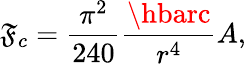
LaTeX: \mathfrak{F}_{c}=\frac{{\pi^{2}}}{{240}}\frac{{\hbarc}}{{r^{4}}}A,